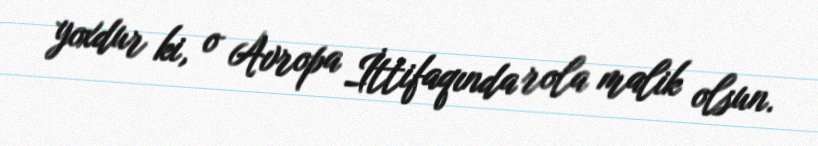
yoxdur ki, o Avropa İttifaqında rola malik olsun.